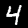
Digit: 4